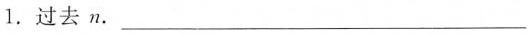
1. 过去 n. ___